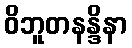
ဝိဘူတနန္ဒိနာ